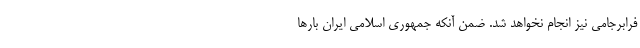
فرابرجامی نیز انجام نخواهد شد. ضمن آنکه جمهوری اسلامی ایران بارها